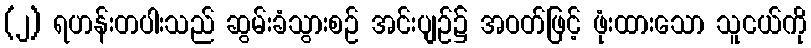
(၂) ရဟန်းတပါးသည် ဆွမ်းခံသွားစဉ် အင်းပျဉ်၌ အဝတ်ဖြင့် ဖုံးထားသော သူငယ်ကို